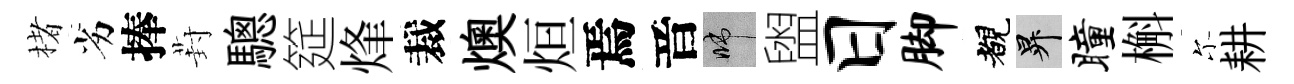
楮劣捧葑驄筵烽裁燠烜焉音啼盥日脚覩升瞳槲尓耕